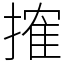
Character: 搉